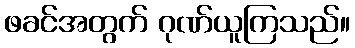
ဖခင်အတွက် ဂုဏ်ယူကြသည်။